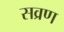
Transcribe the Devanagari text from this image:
सव्रण